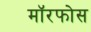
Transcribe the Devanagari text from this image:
मॉरफोस